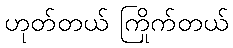
ဟုတ်တယ် ကြိုက်တယ်